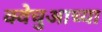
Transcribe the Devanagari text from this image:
क्वेचुआच्या